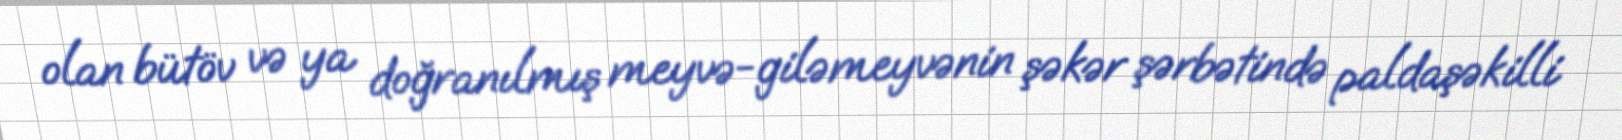
olan bütöv və ya doğranılmış meyvə-giləmeyvənin şəkər şərbətində paldaşəkilli